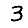
Digit: 3